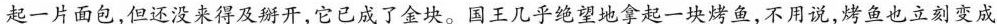
起一片面包，但还没来得及掰开，它已成了金块。国王凡乎绝望地拿起一块烤鱼，不用说，烤鱼也立刻变成